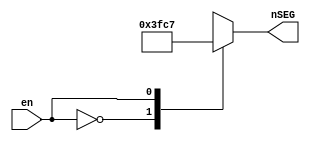
// This program was cloned from: https://github.com/yukinagata3184/de0_blinkL
// License: MIT License

// 7 segment decoder blink L

module seg7decL(
    input en, // blink en
    output [6:0] nSEG // DE0's 7seg led is low active(fm user manual)
);

function [6:0] segdecL;
input en;
    case(en)
        1'b0:    segdecL = 7'b111_1111;
        1'b1:    segdecL = 7'b100_0111;
        default: segdecL = 7'bxxx_xxxx;
    endcase
endfunction

assign nSEG = segdecL(en);

endmodule